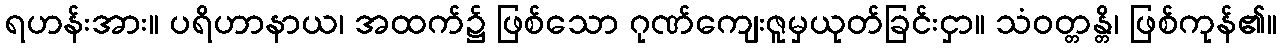
ရဟန်းအား။ ပရိဟာနာယ၊ အထက်၌ ဖြစ်သော ဂုဏ်ကျေးဇူမှယုတ်ခြင်းငှာ။ သံဝတ္တန္တိ၊ ဖြစ်ကုန်၏။